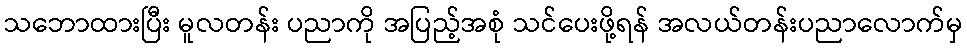
သဘောထားပြီး မူလတန်း ပညာကို အပြည့်အစုံ သင်ပေးဖို့ရန် အလယ်တန်းပညာလောက်မှ